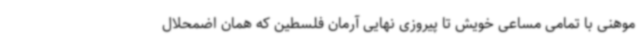
موهنی با تمامی مساعی خویش تا پیروزی نهایی آرمان فلسطین که همان اضمحلال